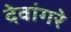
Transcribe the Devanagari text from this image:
देवांगरे